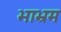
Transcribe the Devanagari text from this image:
भाभ्रम